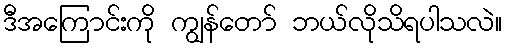
ဒီအကြောင်းကို ကျွန်တော် ဘယ်လိုသိရပါသလဲ။